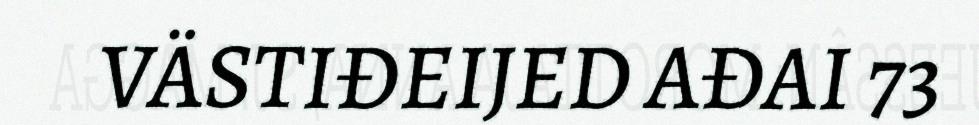
VÄSTIĐEIJED AĐAI 73